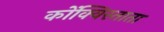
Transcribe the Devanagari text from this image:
कोंक्विस्ताता